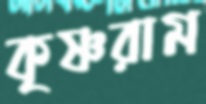
কৃষ্ণরাম